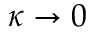
\kappa \to 0